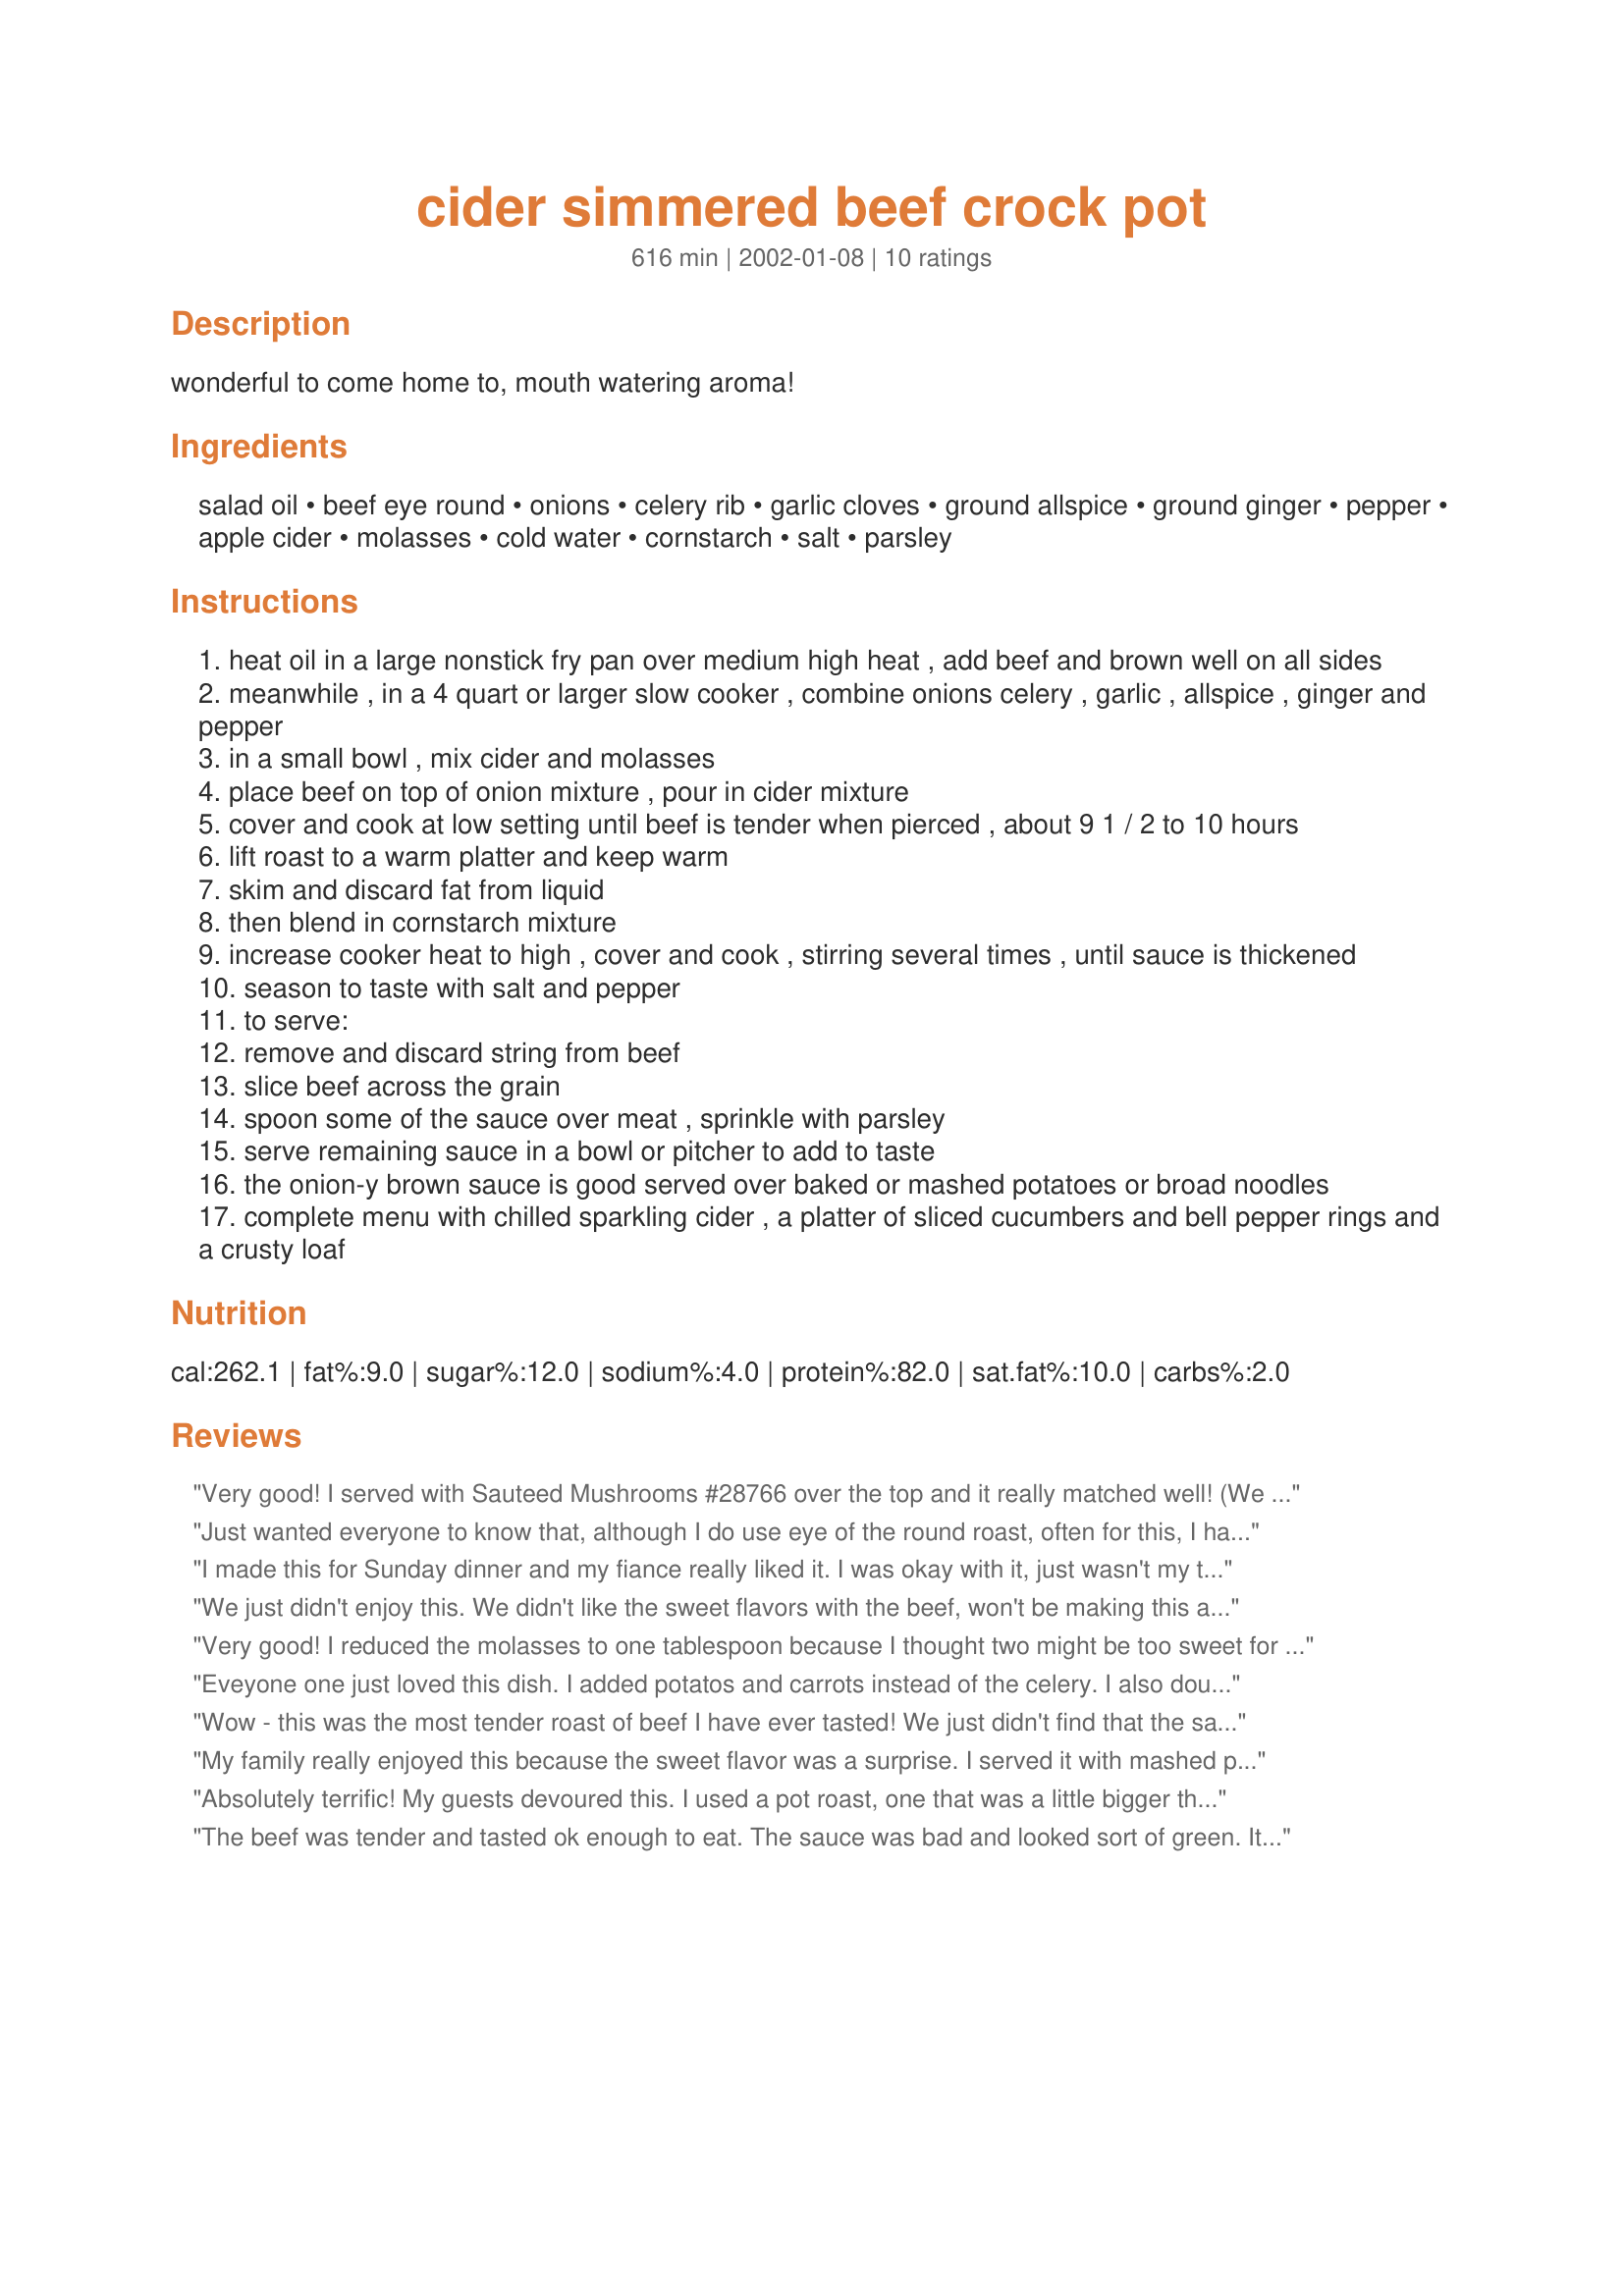
cider simmered beef crock pot
Preparation time: 616 minutes

wonderful to come home to, mouth watering aroma!

Ingredients:
salad oil, beef eye round, onions, celery rib, garlic cloves, ground allspice, ground ginger, pepper, apple cider, molasses, cold water, cornstarch, salt, parsley

Steps:
heat oil in a large nonstick fry pan over medium high heat , add beef and brown well on all sides
meanwhile , in a 4 quart or larger slow cooker , combine onions celery , garlic , allspice , ginger and pepper
in a small bowl , mix cider and molasses
place beef on top of onion mixture , pour in cider mixture
cover and cook at low setting until beef is tender when pierced , about 9 1 / 2 to 10 hours
lift roast to a warm platter and keep warm
skim and discard fat from liquid
then blend in cornstarch mixture
increase cooker heat to high , cover and cook , stirring several times , until sauce is thickened
season to taste with salt and pepper
to serve:
remove and discard string from beef
slice beef across the grain
spoon some of the sauce over meat , sprinkle with parsley
serve remaining sauce in a bowl or pitcher to add to taste
the onion-y brown sauce is good served over baked or mashed potatoes or broad noodles
complete menu with chilled sparkling cider , a platter of sliced cucumbers and bell pepper rings and a crusty loaf

Reviews:
Very good! I served with Sauteed Mushrooms #28766 over the top and it really matched well! (We were not crazy about the sauce from the meat -- I will try apple juice next time instead of apple cider). Thanks so much for the recipe!
Just wanted everyone to know that, although I do use eye of the round roast, often for this, I have often used less tender cuts of beef,and would say the less tender turns out very tastey and really just as good!! just do not use any "bone in" roasts for it. Happy cooking!!
I made this for Sunday dinner and my fiance really liked it. I was okay with it, just wasn't my taste in terms of flavouring. But I will likely try it again to see if it was an off-day for me. Thanks for posting!
We just didn't enjoy this. We didn't like the sweet flavors with the beef, won't be making this again.
Very good! I reduced the molasses to one tablespoon because I thought two might be too sweet for our taste, and it was just the right amount then. The meat was tender and moist, not at all dry. I'll make this again. Thanks for sharing!
Eveyone one just loved this dish. I added potatos and carrots instead of the celery. I also doubled the liquid (cider and molasses), and the cornstarch mixture at the end.
Wow - this was the most tender roast of beef I have ever tasted! We just didn't find that the sauce added much flavour to the meat.
My family really enjoyed this because the sweet flavor was a surprise. I served it with mashed potatos and corn. I really loved how easy it is to make. Thank you!
Absolutely terrific! My guests devoured this. I used a pot roast, one that was a little bigger than called for in the recipe (just under 5 pounds), and it still came out wonderful. Next time I will add a bit more black pepper, but that's personal preference. I also doubled the amount of cornstarch to get the gravy to the consistency I wanted (maybe because the roast was larger, I had more liquid to work with). Served with mashed potatoes, this was a comforting, hearty dish with unexpected yet *tasty* flavors. The gravy really makes it something special. Thanks for sharing a recipe I will make again and again.
The beef was tender and tasted ok enough to eat. The sauce was bad and looked sort of green. It wasn't really sweet, just not a flavor that I enjoyed.
